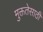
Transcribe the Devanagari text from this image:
मुक्ततेसाठी